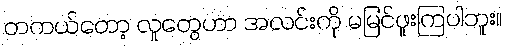
တကယ်တော့ လူတွေဟာ အလင်းကို မမြင်ဖူးကြပါဘူး။